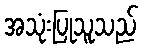
အသုံးပြုသူသည်